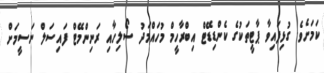
ކަމަށެވެ. ގުޅިފައިވާ ޕާޓީތަކުގެ ކެންޑިޑޭޓް އިބްރާހީމް މުހައްމަދު ސޯލިހާއި ރަނިންމޭޓް ފައިސަލް ނަސީމަށް